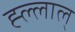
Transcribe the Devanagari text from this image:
ह्ल्लाल्